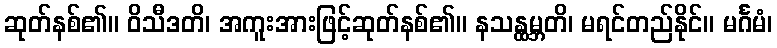
ဆုတ်နစ်၏။ ဝိသီဒတိ၊ အကူးအားဖြင့်ဆုတ်နစ်၏။ နသန္ထမ္ဘတိ၊ မရင်တည်နိုင်။ မင်္ဂမံ၊